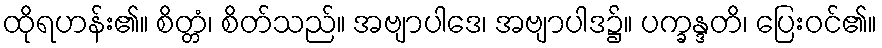
ထိုရဟန်း၏။ စိတ္တံ၊ စိတ်သည်။ အဗျာပါဒေ၊ အဗျာပါဒ၌။ ပက္ခန္ဒတိ၊ ပြေးဝင်၏။